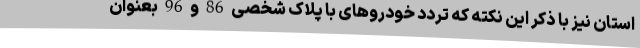
استان نیز با ذکر این نکته که تردد خودروهای با پلاک شخصی 86 و 96 بعنوان